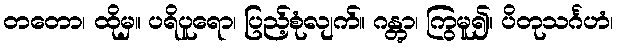
တတော၊ ထိုမှ။ ပရိပူရော၊ ပြည့်စုံလျက်။ ဂန္တွာ၊ ကြွမူ၍။ ပိတုသင်္ဂဟံ၊